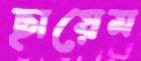
ছায়েম